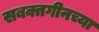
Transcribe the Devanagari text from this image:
सबक्तगीनच्या